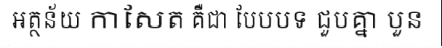
អត្ថន័យ កាសែត គឺជា បែបបទ ជួបគ្នា បួន